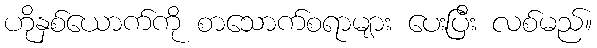
ဟိုနှစ်ယောက်ကို စာသောက်စရာများ ပေးပြီး လစ်မည်။